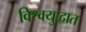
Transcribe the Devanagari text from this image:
विश्वयुद्धात